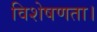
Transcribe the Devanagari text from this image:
विशेषणता।